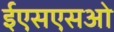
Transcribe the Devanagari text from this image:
ईएसएसओ